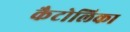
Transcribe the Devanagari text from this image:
कैटोलिका